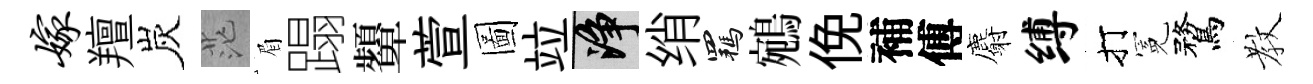
嫁羶炭茫眉蹋顰萱圖竝净绡羈鵷俛補傅麝缚打冕鶩教